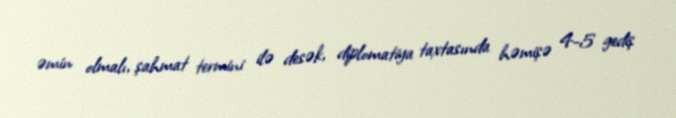
əmin olmalı, şahmat termini ilə desək, diplomatiya taxtasında həmişə 4-5 gediş